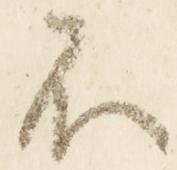
不